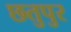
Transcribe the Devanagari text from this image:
छतुपुर